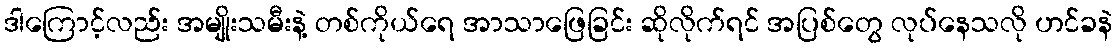
ဒါကြောင့်လည်း အမျိုးသမီးနဲ့ တစ်ကိုယ်ရေ အာသာဖြေခြင်း ဆိုလိုက်ရင် အပြစ်တွေ လုပ်နေသလို ဟင်ခနဲ